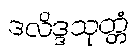
ဒလိဒ္ဒသုတ္တံ